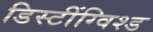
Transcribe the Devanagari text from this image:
डिस्टींग्विश्ड